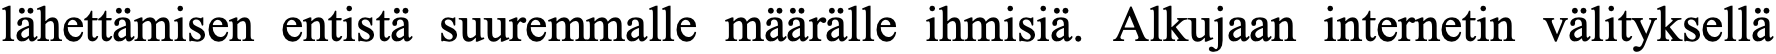
lähettämisen entistä suuremmalle määrälle ihmisiä. Alkujaan internetin välityksellä